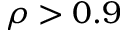
\rho > 0 . 9